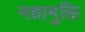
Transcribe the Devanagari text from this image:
नशामुक्ति